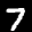
Label: 7